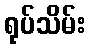
ရုပ်သိမ်း